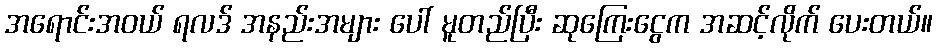
အရောင်းအဝယ် ရလဒ် အနည်းအများ ပေါ် မူတည်ပြီး ဆုကြေးငွေက အဆင့်လိုက် ပေးတယ်။